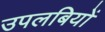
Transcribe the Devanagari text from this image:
उपलबियों